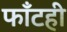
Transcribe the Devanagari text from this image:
फाँटही